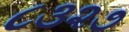
૮૩૨૭